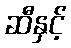
ဆီနှင့်